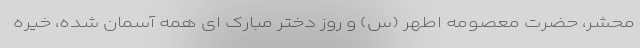
محشر، حضرت معصومه اطهر (س) و روز دختر مبارک ای همه آسمانِ شده، خیره‌